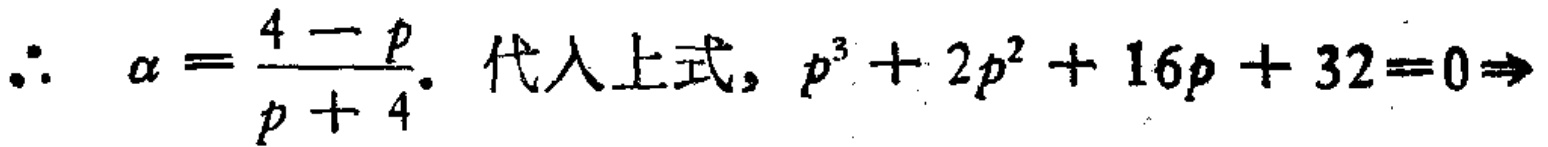
\(\therefore \alpha=\frac{4 - p}{p + 4}. \text{ 代入上式, } p^{3}+2p^{2}+16p + 32 = 0\Rightarrow\)